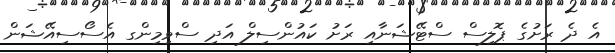
އެ ދެ ރަށުގެ ޕޮލިސް ސްޓޭޝަނާއި ރަށު ކައުންސިލް އަދި ސްވިމިންގ އެސޯސިއޭޝަން